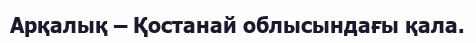
Арқалық – Қостанай облысындағы қала.